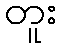
တူး